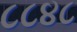
૮૮૪૮